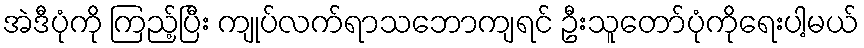
အဲဒီပုံကို ကြည့်ပြီး ကျုပ်လက်ရာသဘောကျရင် ဦးသူတော်ပုံကိုရေးပါ့မယ်